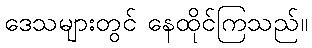
ဒေသများတွင် နေထိုင်ကြသည်။